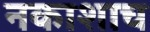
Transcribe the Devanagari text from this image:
नकाशाच